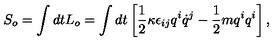
S _ { o } = \int d t L _ { o } = \int d t \left[ \frac { 1 } { 2 } { \kappa } \epsilon _ { i j } q ^ { i } \dot { q } ^ { j } - \frac { 1 } { 2 } m q ^ { i } q ^ { i } \right] ,